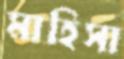
মাহিসা